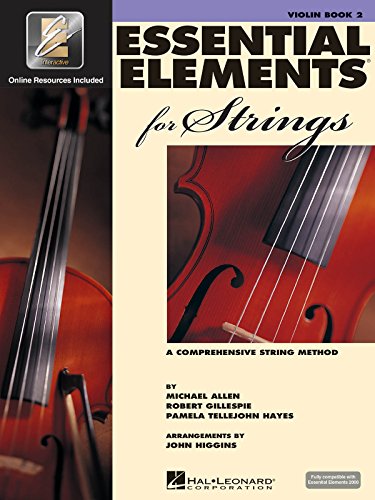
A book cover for Essential Elements for Strings - Book 2 with EEi: Violin; Robert Gillespie; Humor & Entertainment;